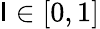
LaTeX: \mathsf{I}\in[0,1]